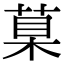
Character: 𦳮